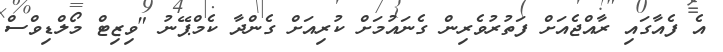
އެ ފެއާގައި ރާއްޖެއަށް ފަތުރުވެރިން ގެނައުމަށް ކުރިއަށް ގެންދާ ކެމްޕޭނު "ވިޒިޓް މޯލްޑިވްސް